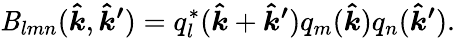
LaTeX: \mathit{B}_{lmn}(\boldsymbol{\hat{{k}}},\boldsymbol{\hat{{k}}^{\prime}})=q_{l}^{*}(\boldsymbol{\hat{{k}}}+\boldsymbol{\hat{{k}}^{\prime}})q_{m}(\boldsymbol{\hat{{k}}})q_{n}(\boldsymbol{\hat{{k}}^{\prime}}).